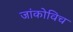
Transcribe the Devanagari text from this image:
जांकोविच